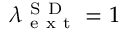
\lambda _ { \mathrm { ~ e ~ x ~ t ~ } } ^ { \mathrm { ~ S ~ D ~ } } = 1